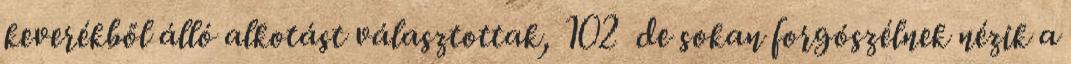
keverékből álló alkotást választottak, 102 de sokan forgószélnek nézik a